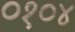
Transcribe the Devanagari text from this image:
०१०४